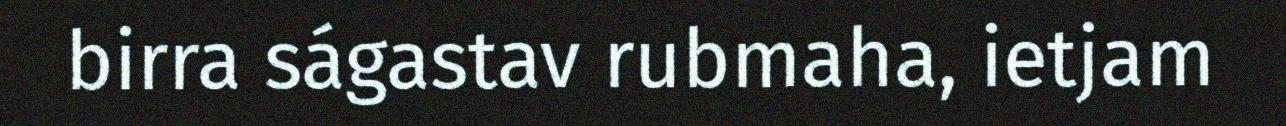
birra ságastav rubmaha, ietjam